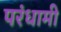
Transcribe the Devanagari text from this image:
परंधामी